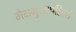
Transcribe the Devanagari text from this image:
भैक्षभुज्जपन्नित्यं